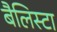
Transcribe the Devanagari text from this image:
बैलिस्टा